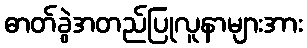
ဓာတ်ခွဲအတည်ပြုလူနာများအား